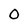
Character: 0